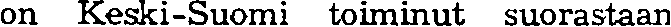
on Keski-Suomi toiminut suorastaan